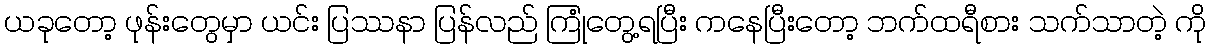
ယခုတော့ ဖုန်းတွေမှာ ယင်း ပြဿနာ ပြန်လည် ကြုံတွေ့ရပြီး ကနေပြီးတော့ ဘက်ထရီစား သက်သာတဲ့ ကို